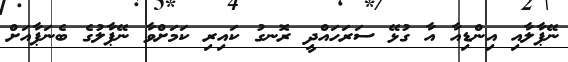
ނޭޕާލާއި އިންޑިއާ އާ ގުޅޭ ސަރަހައްދީ ރޮނގު ކައިރި ކަމަށްވާ ނޭޕާލުގެ ބެނަޕާއަށް